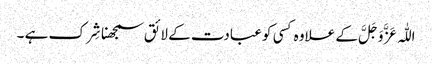
اللّٰہ عَزَّ وَجَلَّ کے علاوہ کسی کو عبادت کے لائق سمجھنا شِرک ہے ۔